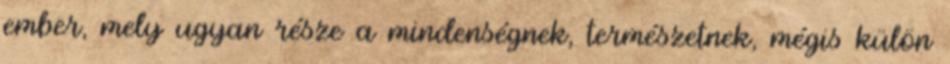
ember, mely ugyan része a mindenségnek, természetnek, mégis külön